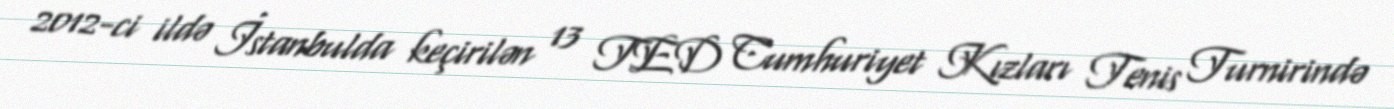
2012-ci ildə İstanbulda keçirilən 13 TED Cumhuriyet Kızları Tenis Turnirində